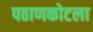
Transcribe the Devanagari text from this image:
पठाणकोटला